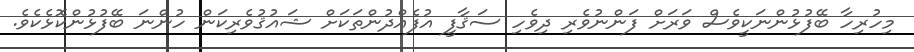
މިހުރިހާ ބޭފުޅުންނަކީވެސް ވަރަށް ފަންނުވެރި ދިވެހި ސަޤާފީ އުފެއްދުންތަކަށް ޝައުޤުވެރިކަން ހުންނަ ބޭފުޅުންކޮޅެކެވެ.